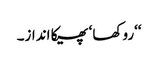
‘‘روکھا ‘ پھیکا انداز۔